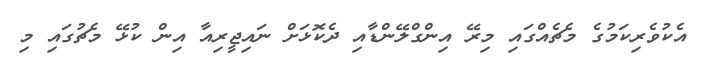
އެކުވެރިކަމުގެ މެޗެއްގައި މިރޭ އިންގްލޭންޑާއި ދެކޮޅަށް ނައިޖީރިއާ އިން ކުޅޭ މެޗުގައި މި